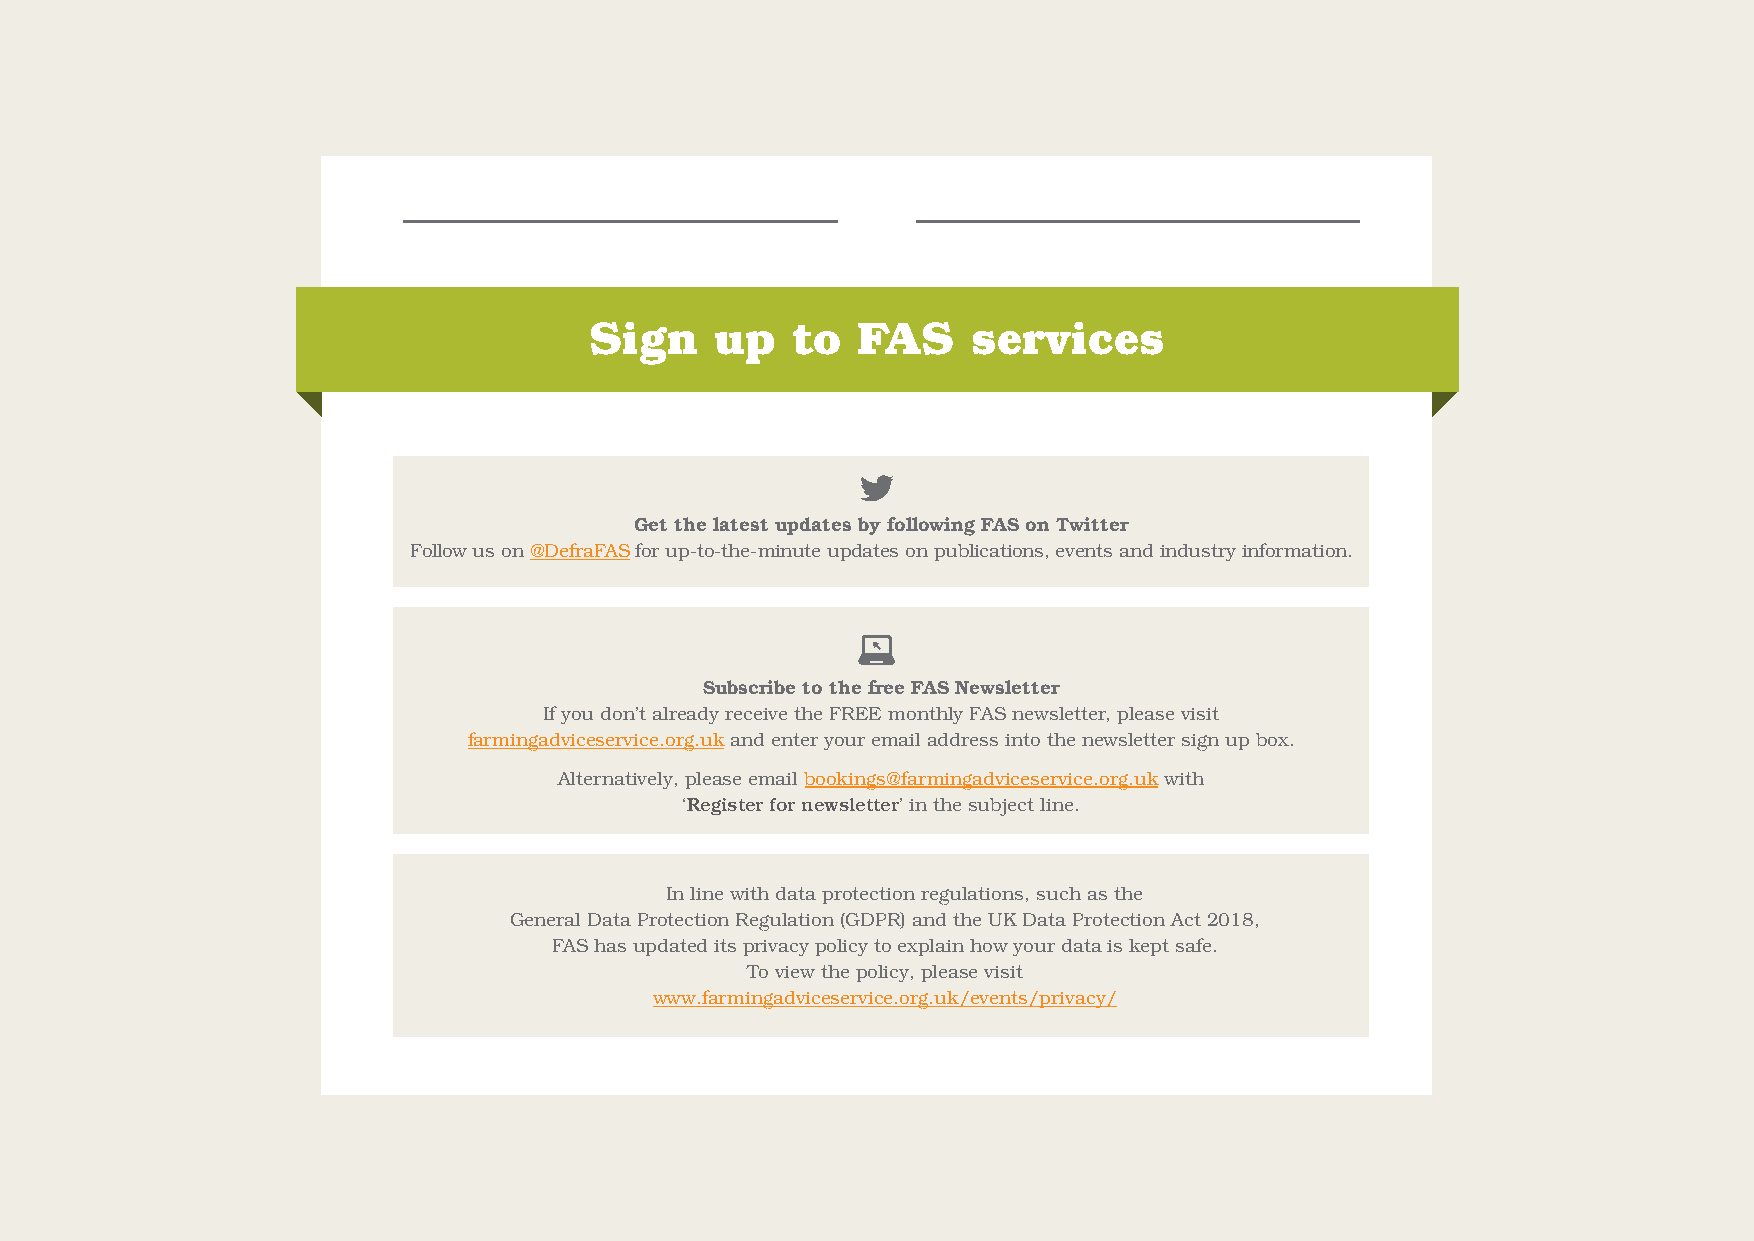
Sign    up    to  FAS    services
 Get the latest updates by following FAS on Twitter
 Follow us on @DefraFAS for up-to-the-minute updates on publications, events and industry information.
 Subscribe to the free FAS Newsletter
 If you don’t already receive the FREE monthly FAS newsletter, please visit
 farmingadviceservice.org.uk and enter your email address into the newsletter sign up box.
 Alternatively, please email bookings@farmingadviceservice.org.uk with
 ‘Register for newsletter’ in the subject line.
 In line with data protection regulations, such as the
 General Data Protection Regulation (GDPR) and the UK Data Protection Act 2018,
 FAS has updated its privacy policy to explain how your data is kept safe.
 To view the policy, please visit
 www.farmingadviceservice.org.uk/events/privacy/